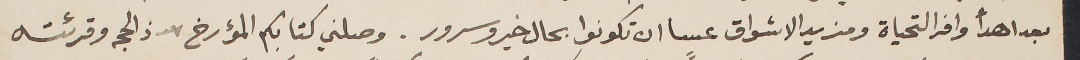
بعد اهدأ وافر التحياة ومزيد الاشواق عسا ان تكونوا بحال خير وسرور. وصلني كتابكم المؤرخ ٧ ذ الحجه وقرئته